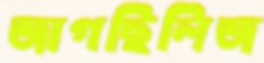
জাগছিলিজ